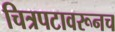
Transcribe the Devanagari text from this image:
चित्रपटावरूनच